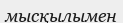
мысқылымен